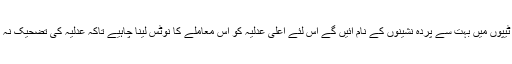
ان ٹیپوں میں بہت سے پردہ نشینوں کے نام آئیں گے اس لئے اعلیٰ عدلیہ کو اس معاملے کا نوٹس لینا چاہیے تاکہ عدلیہ کی تضحیک نہ ہو۔